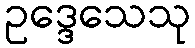
ဥဒ္ဒေသေသု